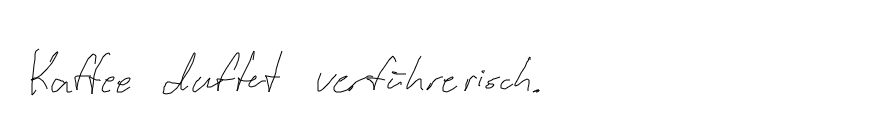
Kaffee duftet verführerisch.